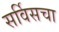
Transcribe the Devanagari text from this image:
सर्विसचा